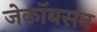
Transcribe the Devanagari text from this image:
जेकॉबसन